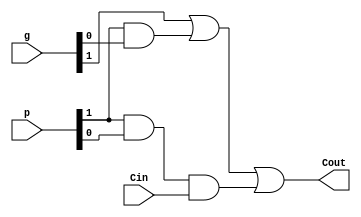
module Carry_Block_2(
    output Cout,
    input [5:0] p,
    input [5:0] g,
    input Cin
    );
	
	assign Cout = g[1] | (p[1]&g[0]) | (p[1]&p[0]&Cin);


endmodule